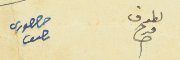
لطوف فرح 	حنا خوري ناصيف